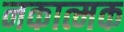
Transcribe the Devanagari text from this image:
नकात्मक